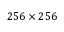
2 5 6 \times 2 5 6